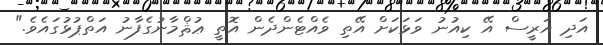
އަދި އަރީސް އޭ ކިއުނު ވަޅަކަށް އޭތި ވެއްޓެންދެން އޮތީ ޢުޘްމާނުގެފާނު އަތްޕުޅުގައެވެ."